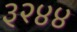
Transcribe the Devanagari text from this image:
३२४४